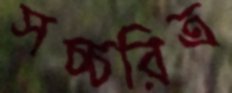
সচ্চরিত্র